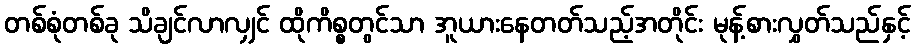
တစ်စုံတစ်ခု သိချင်လာလျှင် ထိုကိစ္စတွင်သာ အူယားနေတတ်သည့်အတိုင်း မုန့်စားလွှတ်သည်နှင့်